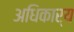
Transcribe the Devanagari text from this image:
अधिकार्य